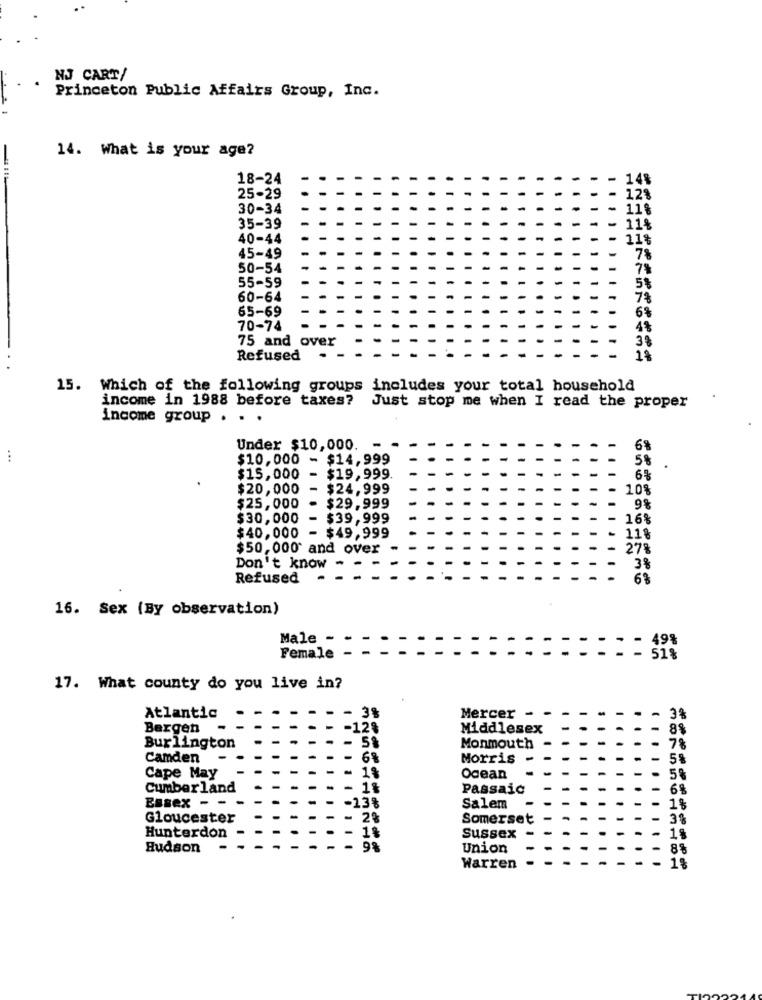
NJ CART/
Princeton Public Affairs Group, Inc.
14. What is your age?
18-24
.23
25-29
30-34
.1%
35-39
11%
40-44
11%
45-49
7%
50-54
78
55-59
5%
60-64
65-69
6%
70-74
4%
75 and over
38
Refused
1%
15. Which of the following groups includes your total household
income in 1988 before taxes?
Just stop me when I read the proper
income group . . .
Under $10,000 .-
6%
...
$10,000 - $14,999
58
$15,000
$19,999
6%
$20,000
- $24,999
10%
$25,000
- $29,999
9%
$30,000
$39,999
16%
- $49,999
$40,000
118
$50,000* and over
278
Don't know
3%
Refused
6%
16. Sex (By observation)
Male-
49%
Female
519
17. What county do you live in?
Atlantic
- 3%
Mercer -
3%
Bergen
-
-12%
Middlesex
8%
Burlington
Monmouth
7%
Camden
- 6%
Morris
5%
Cape May
- 18
Ocean
5%
Cumberland
- 1%
Passaic
6%
Essex - -
-13%
Salem
1%
Gloucester
Somerset
3%
- 1%
Hunterdon
Sussex
1%
Hudson
- 9%
Union
8%
Warren
1%